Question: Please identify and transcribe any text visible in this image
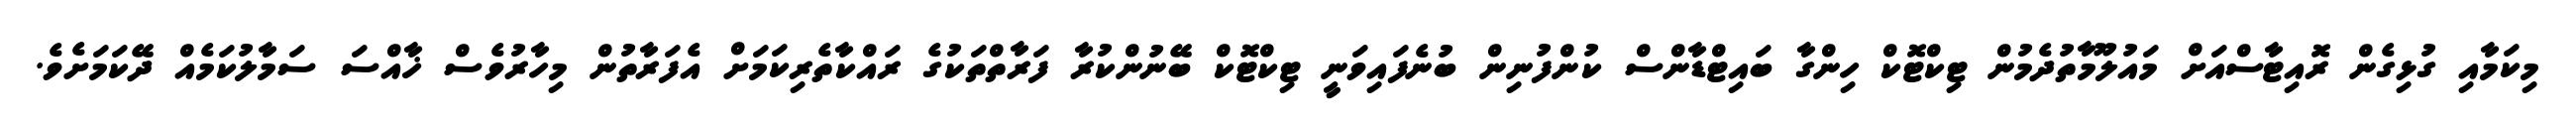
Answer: މިކަމާއި ގުޅިގެން ރޮއިޓާސްއަށް މައުލޫމާތުދެމުން ޓިކްޓޮކް ހިންގާ ބައިޓްޑާންސް ކުންފުނިން ބުނެފައިވަނީ ޓިކްޓޮކް ބޭނުންކުރާ ފަރާތްތަކުގެ ރައްކާތެރިކަމަށް އެފަރާތުން މިހާރުވެސް ޚާއްސަ ސަމާލުކަމެއް ދޭކަމަށެވެ.